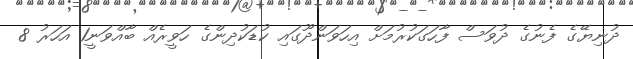
ދުނިޔޭގެ ފެނުގެ ދުވަސް ފާހަގަކުރުމަށް އިހަވަންދޫގައި ކުޑަކުދިންގެ ހަވީރެއް ބާއްވަނީ1 އަހަރު 8